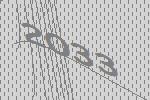
2033